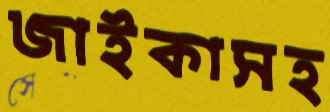
জাইকাসহ